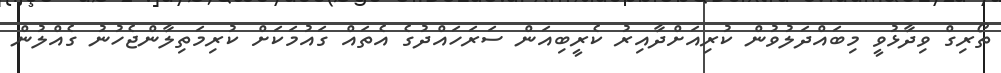
ތޯރިގް ވިދާޅުވީ މިބައްދަލުވުން ކުރިއަށްދާއިރު ކެރީބިއަން ސަރަހައްދުގެ އެތައް ގައުމަކަށް ކުރިމަތިލާންޖެހުނު ގެއްލުން